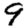
Digit: 9